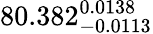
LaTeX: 80.382_{-0.0113}^{0.0138}